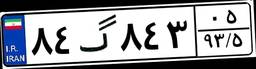
۹۱گ۴۲۱۴۷